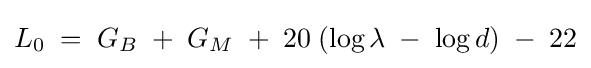
L_{0}\;=\;G_{B}\;+\;G_{M}\;+\;20\;(\log \lambda \;-\;\log d)\;-\;22